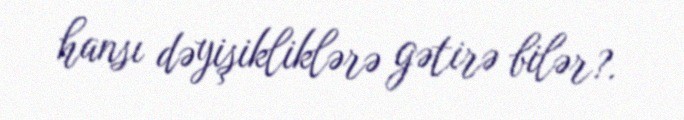
hansı dəyişikliklərə gətirə bilər?.